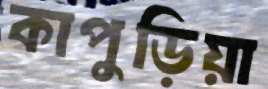
কাপুড়িয়া